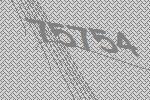
75754